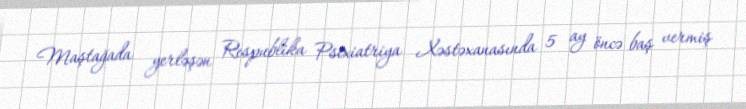
Maştağada yerləşən Respublika Psixiatriya Xəstəxanasında 5 ay öncə baş vermiş